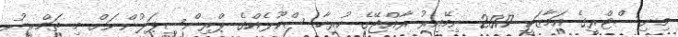
މިނިސްޓްރީގެ އަމާޒަކީ 2017 ނިމޭއިރު ރާއްޖޭގެ ހުރިހާ ސްކޫލެއްގެ ޕްރިންސިޕަލުންނަށް މި ތަމްރީނު